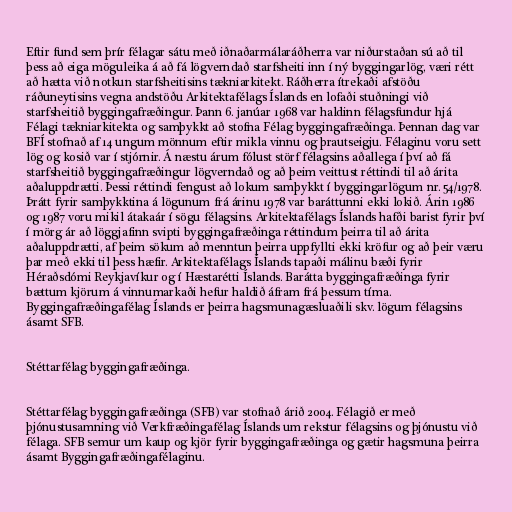
Eftir fund sem þrír félagar sátu með iðnaðarmálaráðherra var niðurstaðan sú að til
þess að eiga möguleika á að fá lögverndað starfsheiti inn í ný byggingarlög, væri rétt
að hætta við notkun starfsheitisins tækniarkitekt. Ráðherra ítrekaði afstöðu
ráðuneytisins vegna andstöðu Arkitektafélags Íslands en lofaði stuðningi við
starfsheitið byggingafræðingur. Þann 6. janúar 1968 var haldinn félagsfundur hjá
Félagi tækniarkitekta og samþykkt að stofna Félag byggingafræðinga. Þennan dag var
BFÍ stofnað af 14 ungum mönnum eftir mikla vinnu og þrautseigju. Félaginu voru sett
lög og kosið var í stjórnir. Á næstu árum fólust störf félagsins aðallega í því að fá
starfsheitið byggingafræðingur lögverndað og að þeim veittust réttindi til að árita
aðaluppdrætti. Þessi réttindi fengust að lokum samþykkt í byggingarlögum nr. 54/1978.
Þrátt fyrir samþykktina á lögunum frá árinu 1978 var baráttunni ekki lokið. Árin 1986
og 1987 voru mikil átakaár í sögu félagsins. Arkitektafélags Íslands hafði barist fyrir því
í mörg ár að löggjafinn svipti byggingafræðinga réttindum þeirra til að árita
aðaluppdrætti, af þeim sökum að menntun þeirra uppfyllti ekki kröfur og að þeir væru
þar með ekki til þess hæfir. Arkitektafélags Íslands tapaði málinu bæði fyrir
Héraðsdómi Reykjavíkur og í Hæstarétti Íslands. Barátta byggingafræðinga fyrir
bættum kjörum á vinnumarkaði hefur haldið áfram frá þessum tíma.
Byggingafræðingafélag Íslands er þeirra hagsmunagæsluaðili skv. lögum félagsins
ásamt SFB.

Stéttarfélag byggingafræðinga.

Stéttarfélag byggingafræðinga (SFB) var stofnað árið 2004. Félagið er með
þjónustusamning við Verkfræðingafélag Íslands um rekstur félagsins og þjónustu við
félaga. SFB semur um kaup og kjör fyrir byggingafræðinga og gætir hagsmuna þeirra
ásamt Byggingafræðingafélaginu.